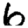
Digit: 6